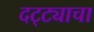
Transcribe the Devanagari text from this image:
दट्ट्याचा